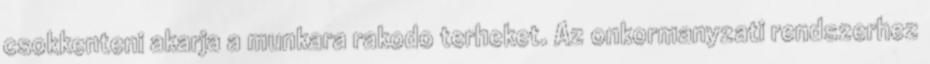
csokkenteni akarja a munkara rakodo terheket. Az onkormanyzati rendszerhez